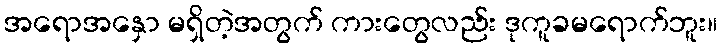
အရောအနှော မရှိတဲ့အတွက် ကားတွေလည်း ဒုကူခမရောက်ဘူး။